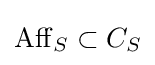
\operatorname {Aff} _{S}\subset C_{S}